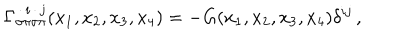
LaTeX: \Gamma _ { \sigma \pi \sigma \pi } ^ { \, \cdot \, i \, \cdot \, j } ( x _ { 1 } , x _ { 2 } , x _ { 3 } , x _ { 4 } ) = - G ( x _ { 1 } , x _ { 2 } , x _ { 3 } , x _ { 4 } ) \delta ^ { i j } \, ,